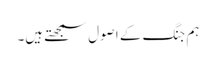
ہم جنگ کے اصول سمجھتے ہیں۔